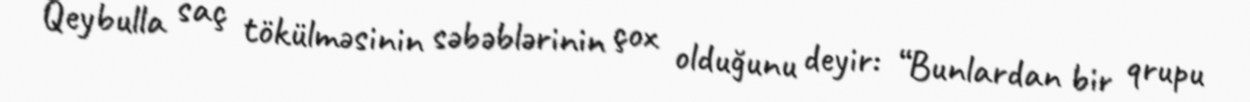
Qeybulla saç tökülməsinin səbəblərinin çox olduğunu deyir: “Bunlardan bir qrupu